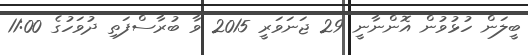
ބީލަން ހުޅުވުން އޮންނާނީ 29 ޖަނަވަރީ 2015 ވާ ބުރާސްފަތި ދުވަހުގެ 11:00